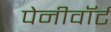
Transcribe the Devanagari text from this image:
पेनीवॉर्ट